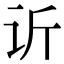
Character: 䜣